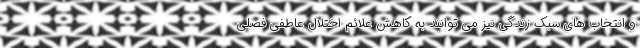
و انتخاب های سبک زندگی نیز می توانند به کاهش علائم اختلال عاطفی فصلی